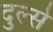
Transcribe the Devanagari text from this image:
दुल्से